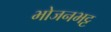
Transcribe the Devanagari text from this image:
भोजनभट्ट